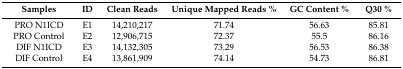
<table><thead><tr><td><b>Samples</b></td><td><b>ID</b></td><td><b>Clean Reads</b></td><td><b>Unique Mapped Reads %</b></td><td><b>GC Content %</b></td><td><b>Q30 %</b></td></tr></thead><tbody><tr><td>PRO N1ICD</td><td>E1</td><td>14,210,217</td><td>71.74</td><td>56.63</td><td>85.81</td></tr><tr><td>PRO Control</td><td>E2</td><td>12,906,715</td><td>72.37</td><td>55.5</td><td>86.16</td></tr><tr><td>DIF N1ICD</td><td>E3</td><td>14,132,305</td><td>73.29</td><td>56.53</td><td>86.38</td></tr><tr><td>DIF Control</td><td>E4</td><td>13,861,909</td><td>74.14</td><td>54.73</td><td>86.81</td></tr></tbody></table>